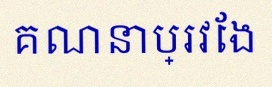
គណនាប្រវែង